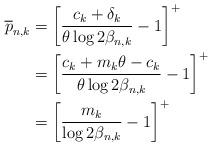
LaTeX: \begin{align*} \overline{p}_{n,k} & = \left[ \frac{c_k + \delta_k}{\theta \log 2 \beta_{n,k}} - 1 \right]^+ \\ & = \left[ \frac{c_k + m_k \theta - c_k}{\theta \log 2 \beta_{n,k}} - 1 \right]^+ \\ & = \left[ \frac{ m_k }{ \log 2 \beta_{n,k}} - 1 \right]^+ \end{align*}